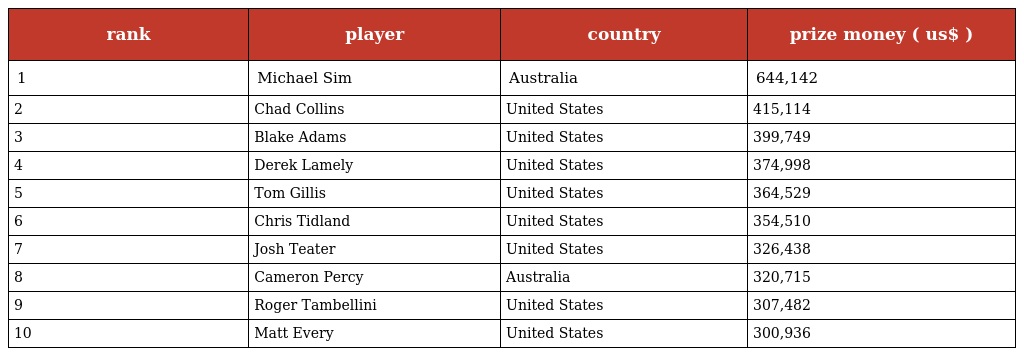
| rank | player | country | prize money ( us$ ) |
 | --- | --- | --- | --- |
 | 1 | Michael Sim | Australia | 644,142 |
 | 2 | Chad Collins | United States | 415,114 |
 | 3 | Blake Adams | United States | 399,749 |
 | 4 | Derek Lamely | United States | 374,998 |
 | 5 | Tom Gillis | United States | 364,529 |
 | 6 | Chris Tidland | United States | 354,510 |
 | 7 | Josh Teater | United States | 326,438 |
 | 8 | Cameron Percy | Australia | 320,715 |
 | 9 | Roger Tambellini | United States | 307,482 |
 | 10 | Matt Every | United States | 300,936 |